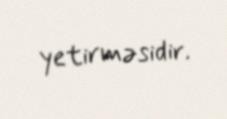
yetirməsidir.